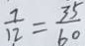
\frac { 7 } { 1 2 } = \frac { 3 5 } { 6 0 }